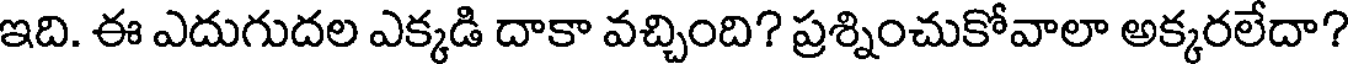
ఇది. ఈ ఎదుగుదల ఎక్కడి దాకా వచ్చింది? ప్రశ్నించుకోవాలా అక్కరలేదా?